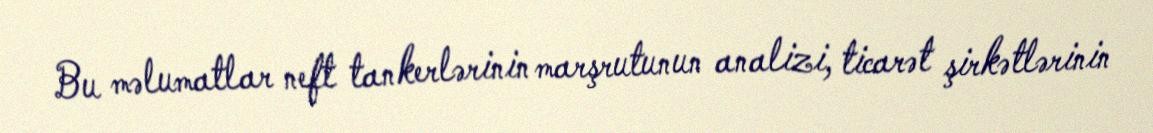
Bu məlumatlar neft tankerlərinin marşrutunun analizi, ticarət şirkətlərinin